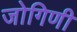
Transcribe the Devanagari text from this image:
जोगिणी